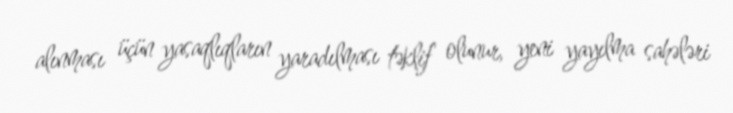
alınması üçün yasaqlıqların yaradılması təklif olunur, yeni yayılma sahələri